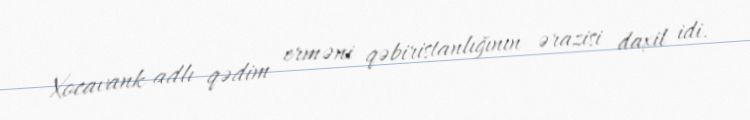
Xocavank adlı qədim erməni qəbiristanlığının ərazisi daxil idi.